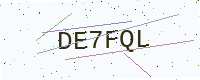
Text: DE7FQL